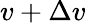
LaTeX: v+\Delta v